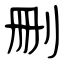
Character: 刪